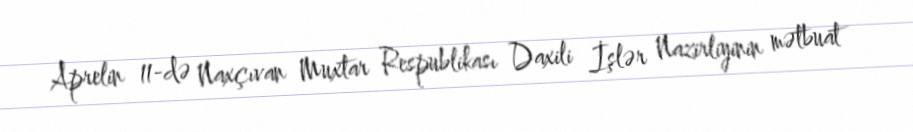
Aprelin 11-də Naxçıvan Muxtar Respublikası Daxili İşlər Nazirliyinin mətbuat